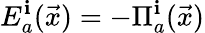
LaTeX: E_{a}^{\mathbf{i}}(\vec{{x}})=-\Pi_{a}^{\mathbf{i}}(\vec{{x}})